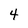
Character: 4